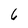
Character: 6